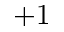
+ 1